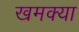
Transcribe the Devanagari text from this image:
खमक्या